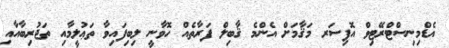
އެޑްމިނިސްޓްރޭޓިވް އޮފިސަރ މަޤާމަށް އެންމެ ޤާބިލް ފަރާތެއް ހޮވާނީ ލިބިފައިވާ ތަޢުލީމާއި ތަޖުރިބާއާއި